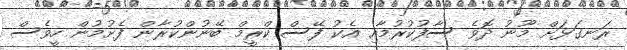
ރަނގަޅަށް މޫނު ދޮވެ ސާފުކުރުމާއި އެކު ފޭސް ކްރީމް ބޭނުންކުރާން ފެށުމުން ހީވެސް